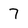
Character: 7